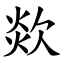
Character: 欻